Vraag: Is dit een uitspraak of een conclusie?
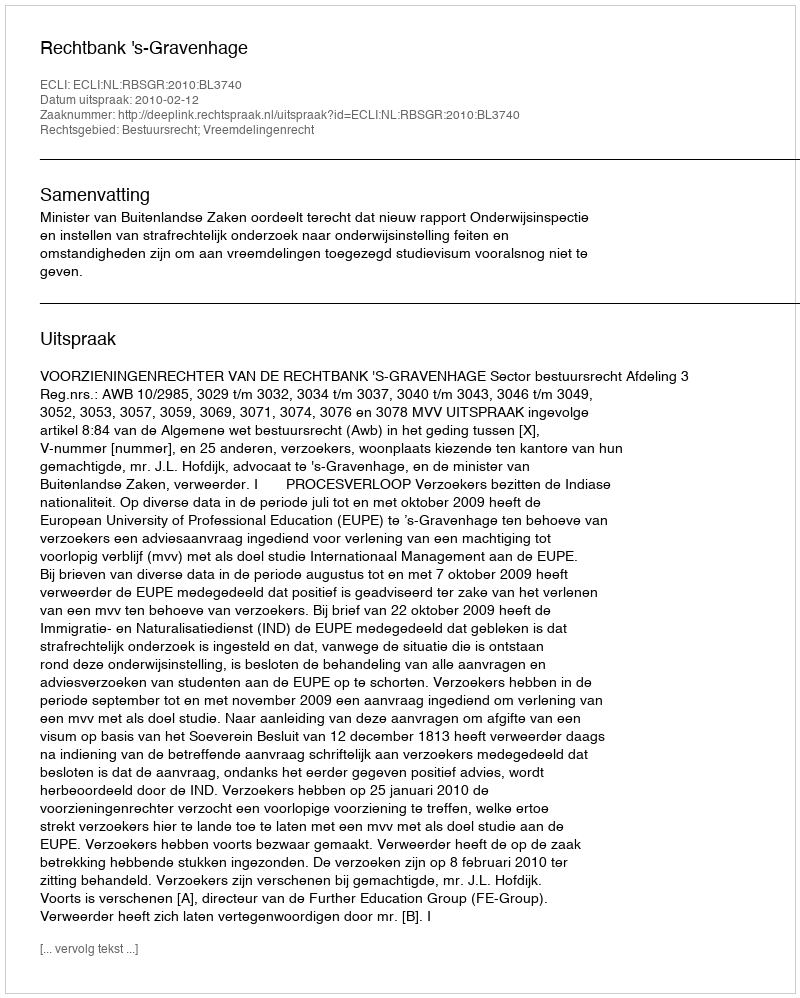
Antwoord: Uitspraak